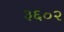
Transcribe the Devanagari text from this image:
३६०२